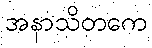
အနာသိတကေ